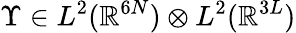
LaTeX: \Upsilon\in L^{2}(\mathbb{R}^{6N})\otimes L^{2}(\mathbb{R}^{3L})